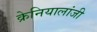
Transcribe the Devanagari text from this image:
क्रेनियालांजी